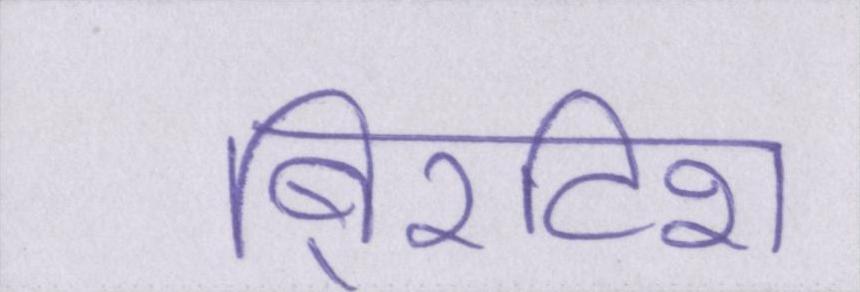
बि्रटिश